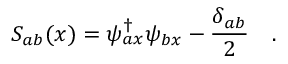
S _ { a b } ( x ) = \psi _ { a x } ^ { \dagger } \psi _ { b x } - \frac { \delta _ { a b } } { 2 } \quad .